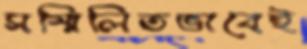
সম্মিলিতভাবেই